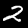
Digit: 2